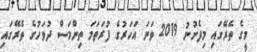
މީގެ ތެރޭގައި މިފެށުނު 2019 ވަނަ އަހަރުގެ ފުރަތަމަ ތިންމަސް ދުވަހުގެ ތެރޭގައި